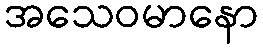
အသေဝမာနော